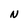
Character: N